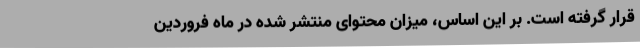
قرار گرفته است. بر این اساس، میزان محتوای منتشر شده در ماه فروردین